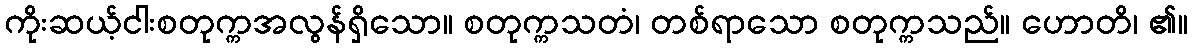
ကိုးဆယ့်ငါးစတုက္ကအလွန်ရှိသော။ စတုက္ကသတံ၊ တစ်ရာသော စတုက္ကသည်။ ဟောတိ၊ ၏။